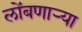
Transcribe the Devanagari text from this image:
लोंबणार्‍या